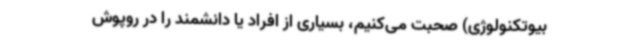
بیوتکنولوژی) صحبت می‌کنیم، بسیاری از افراد یا دانشمند را در روپوش